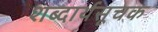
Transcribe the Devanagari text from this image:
शब्दार्थसूचक